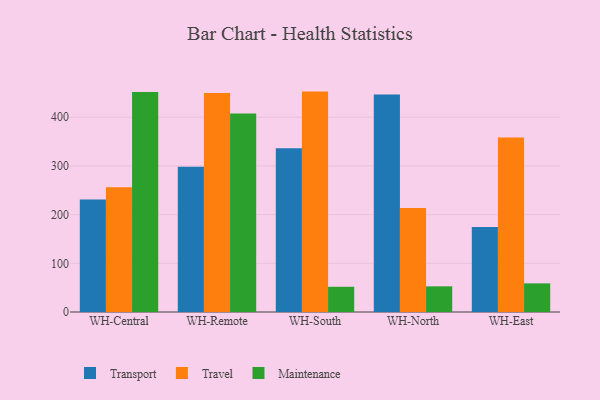
{"axis": {"x": "Warehouse", "y": "Operating Costs (USD K)"}, "legend": ["Maintenance", "Transport", "Travel"], "data": [{"x": "WH-Central", "y": 230.8, "type": "Transport"}, {"x": "WH-Central", "y": 256.0, "type": "Travel"}, {"x": "WH-Central", "y": 451.9, "type": "Maintenance"}, {"x": "WH-Remote", "y": 298.3, "type": "Transport"}, {"x": "WH-Remote", "y": 449.6, "type": "Travel"}, {"x": "WH-Remote", "y": 407.8, "type": "Maintenance"}, {"x": "WH-South", "y": 336.3, "type": "Transport"}, {"x": "WH-South", "y": 452.6, "type": "Travel"}, {"x": "WH-South", "y": 51.8, "type": "Maintenance"}, {"x": "WH-North", "y": 446.7, "type": "Transport"}, {"x": "WH-North", "y": 213.7, "type": "Travel"}, {"x": "WH-North", "y": 52.7, "type": "Maintenance"}, {"x": "WH-East", "y": 174.5, "type": "Transport"}, {"x": "WH-East", "y": 358.2, "type": "Travel"}, {"x": "WH-East", "y": 58.8, "type": "Maintenance"}]}